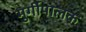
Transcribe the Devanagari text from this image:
मुर्गीपालक